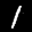
Label: 1